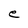
Character: e